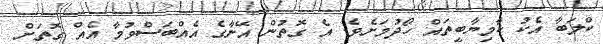
ކްލަބާ އެކު ކާމިޔާބީތައް ހޯދުމަށެވެ. އެ ގޮތުން އޭނާގެ އެއްބަސްވުމާ އެއް ގޮތަށް